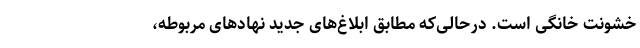
خشونت خانگی است. در‌حالی‌که مطابق ابلاغ‌های جدید نهادهای مربوطه،